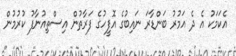
އެކަމަކު އެ ދެ އަމުރު ބަންޑާރަ ނައިބުގެ އޮފީހުގެ ފަރާތުން އިސްތިއުނާފު ކުރުމުން